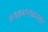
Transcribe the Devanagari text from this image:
अवक्रमणकारकों